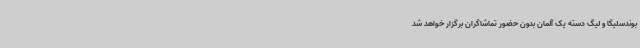
بوندسلیگا و لیگ دسته یک آلمان بدون حضور تماشاگران برگزار خواهد شد